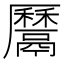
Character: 𩱔